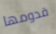
قدومها